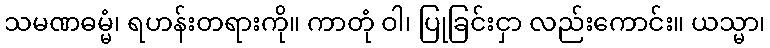
သမဏဓမ္မံ၊ ရဟန်းတရားကို။ ကာတုံ ဝါ၊ ပြုခြင်းငှာ လည်းကောင်း။ ယသ္မာ၊